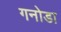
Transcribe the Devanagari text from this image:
गनोडा